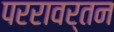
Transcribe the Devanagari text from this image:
पररावर्तन